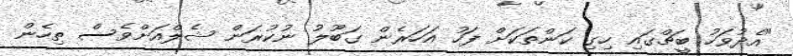
"އެދުވަހު ބީޗްގައި ހިގި ކަންތަކަށް ފަހު އަހަރެން ގަބޫލު ނުކުރަން ޝެލްއަށްވެސް ތިހެން